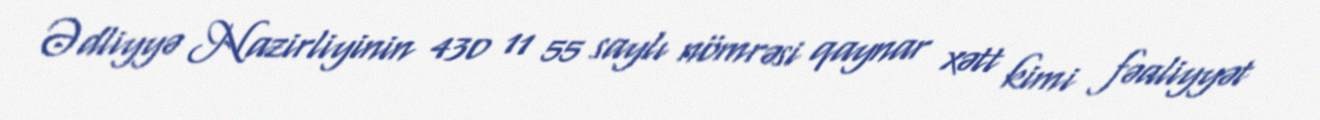
Ədliyyə Nazirliyinin 430 11 55 saylı nömrəsi qaynar xətt kimi fəaliyyət